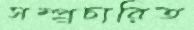
সম্প্র্রচারিত